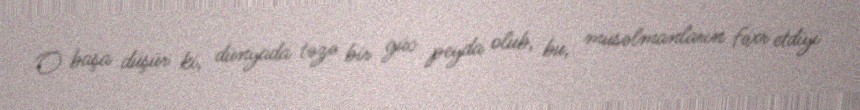
O başa düşür ki, dünyada təzə bir güc peyda olub, bu, müsəlmanların fəxr etdiyi